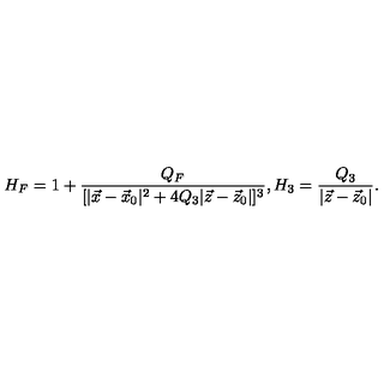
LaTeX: H _ { F } = 1 + { \frac { Q _ { F } } { [ | \vec { x } - \vec { x } _ { 0 } | ^ { 2 } + 4 Q _ { 3 } | \vec { z } - \vec { z } _ { 0 } | ] ^ { 3 } } } , H _ { 3 } = { \frac { Q _ { 3 } } { | \vec { z } - \vec { z } _ { 0 } | } } .